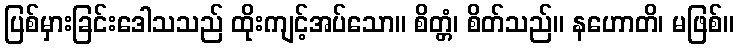
ပြစ်မှားခြင်းဒေါသသည် ထိုးကျင့်အပ်သော။ စိတ္တံ၊ စိတ်သည်။ နဟောတိ၊ မဖြစ်။